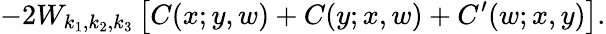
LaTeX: -2W_{k_{1},k_{2},k_{3}}\left[C(x;y,w)+C(y;x,w)+C^{\prime}(w;x,y)\right].